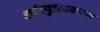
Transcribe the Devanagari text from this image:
शरिपुत्रप्रकरण